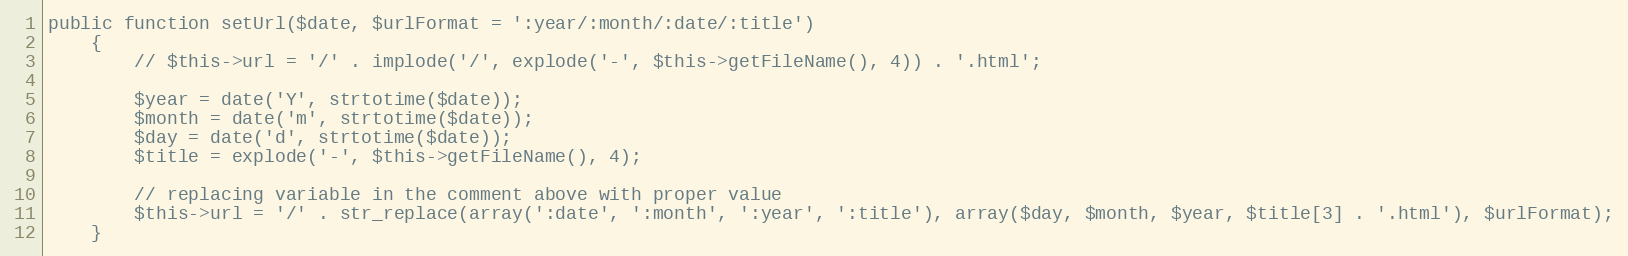
Language: PHP
public function setUrl($date, $urlFormat = ':year/:month/:date/:title')
	{
		// $this->url = '/' . implode('/', explode('-', $this->getFileName(), 4)) . '.html';

		$year = date('Y', strtotime($date));
		$month = date('m', strtotime($date));
		$day = date('d', strtotime($date));
		$title = explode('-', $this->getFileName(), 4);

		// replacing variable in the comment above with proper value
		$this->url = '/' . str_replace(array(':date', ':month', ':year', ':title'), array($day, $month, $year, $title[3] . '.html'), $urlFormat);
	}